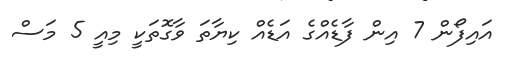
އައިފޯން 7 އިން ފާޑެއްގެ އަޑެއް ކިޔާތަ ވާގޮތަކީ މިއީ 5 މަސް